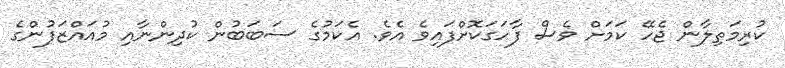
ކުރިމަތިލާން ޖެހޭ ކަމަށް ވެސް ފާހަގަކޮށްފައިވެ އެވެ. އެކަމުގެ ސަބަބުން ކުދިންނާއި މުއައްޒަފުންގެ